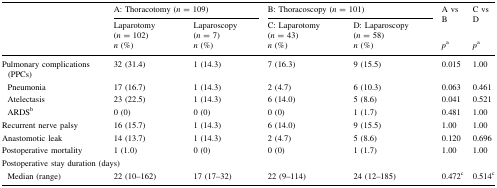
<table><thead><tr><td rowspan="3"></td><td colspan="2"><b>A: Thoracotomy (<i>n</i> = 109)</b></td><td colspan="2"><b>B: Thoracoscopy (<i>n</i> = 101)</b></td><td rowspan="2"><b>A vs B</b></td><td rowspan="2"><b>C vs D</b></td></tr><tr><td><b>Laparotomy (<i>n</i> = 102)</b></td><td><b>Laparoscopy (<i>n</i> = 7)</b></td><td><b>C: Laparotomy (<i>n</i> = 43)</b></td><td><b>D: Laparoscopy (<i>n</i> = 58)</b></td></tr><tr><td><b><i>n</i> (%)</b></td><td><b><i>n</i> (%)</b></td><td><b><i>n</i> (%)</b></td><td><b><i>n</i> (%)</b></td><td><b><i>p</i><sup>a</sup></b></td><td><b><i>p</i><sup>a</sup></b></td></tr></thead><tbody><tr><td>Pulmonary complications (PPCs)</td><td>32 (31.4)</td><td>1 (14.3)</td><td>7 (16.3)</td><td>9 (15.5)</td><td>0.015</td><td>1.00</td></tr><tr><td> Pneumonia</td><td>17 (16.7)</td><td>1 (14.3)</td><td>2 (4.7)</td><td>6 (10.3)</td><td>0.063</td><td>0.461</td></tr><tr><td> Atelectasis</td><td>23 (22.5)</td><td>1 (14.3)</td><td>6 (14.0)</td><td>5 (8.6)</td><td>0.041</td><td>0.521</td></tr><tr><td> ARDS<sup>b</sup></td><td>0 (0)</td><td>0 (0)</td><td>0 (0)</td><td>1 (1.7)</td><td>0.481</td><td>1.00</td></tr><tr><td>Recurrent nerve palsy</td><td>16 (15.7)</td><td>1 (14.3)</td><td>6 (14.0)</td><td>9 (15.5)</td><td>1.00</td><td>1.00</td></tr><tr><td>Anastomotic leak</td><td>14 (13.7)</td><td>1 (14.3)</td><td>2 (4.7)</td><td>5 (8.6)</td><td>0.120</td><td>0.696</td></tr><tr><td>Postoperative mortality</td><td>1 (1.0)</td><td>0 (0)</td><td>0 (0)</td><td>1 (1.7)</td><td>1.00</td><td>1.00</td></tr><tr><td colspan="7">Postoperative stay duration (days)</td></tr><tr><td> Median (range)</td><td>22 (10–162)</td><td>17 (17–32)</td><td>22 (9–114)</td><td>24 (12–185)</td><td>0.472<sup>c</sup></td><td>0.514<sup>c</sup></td></tr></tbody></table>